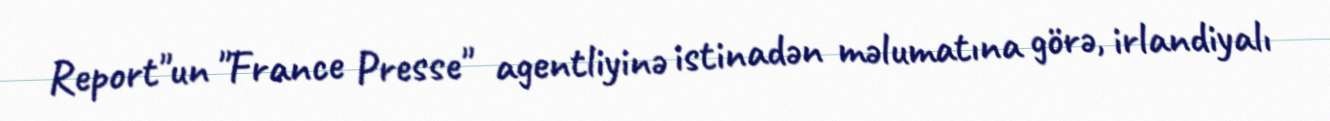
Report"un "France Presse" agentliyinə istinadən məlumatına görə, irlandiyalı